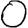
Digit: 0